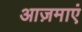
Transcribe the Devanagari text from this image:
आज़माएं